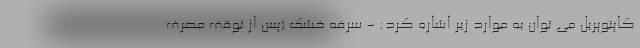
کاپتوپریل می توان به موارد زیر اشاره کرد: - سرفه خشک (پس از توقف مصرف